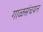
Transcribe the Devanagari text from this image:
गाळसंचयन